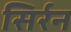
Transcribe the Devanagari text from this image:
सिर्रन